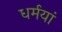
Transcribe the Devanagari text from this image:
धर्मयां